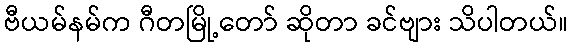
ဗီယမ်နမ်က ဂီတမြို့တော် ဆိုတာ ခင်ဗျား သိပါတယ်။